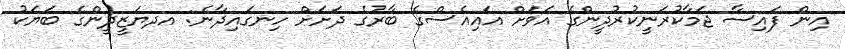
އިން ފައިސާ ޖަމާކުރަނީކުރުދީންގެ އަވަށް އައިއެސްގެ ބާރުގެ ދަށަށް ހިނގައިދާނެ: އދޔަޒީދީންގެ ބަޔަކު